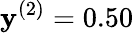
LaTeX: \mathbf{y}^{(2)}=0.50